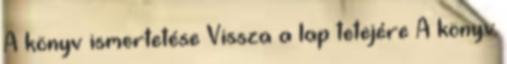
A könyv ismertetése Vissza a lap tetejére A könyv